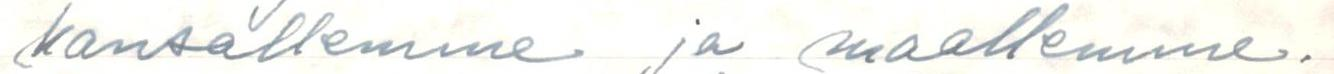
kansallemme ja maallemme.